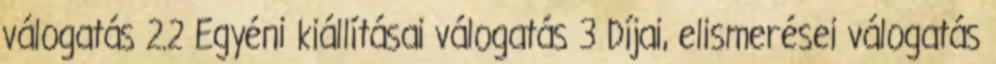
válogatás 2.2 Egyéni kiállításai válogatás 3 Díjai, elismerései válogatás